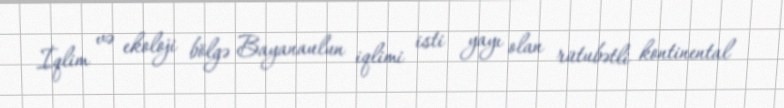
İqlim və ekoloji bölgə Bayanaulun iqlimi isti yayı olan rütubətli kontinental